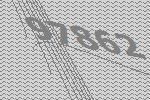
97862